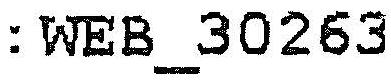
:WEB_30263